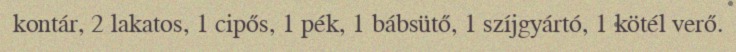
kontár, 2 lakatos, 1 cipős, 1 pék, 1 bábsütő, 1 szíjgyártó, 1 kötél verő.